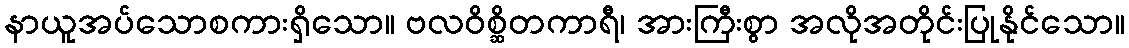
နာယူအပ်သောစကားရှိသော။ ဗလဝိစ္ဆိတကာရီ၊ အားကြီးစွာ အလိုအတိုင်းပြုနိုင်သော။